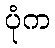
ပုံက